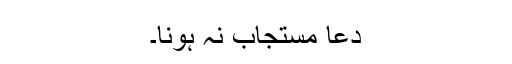
دعا مستجاب نہ ہونا۔